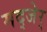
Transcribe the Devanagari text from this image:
मद्जेर्